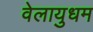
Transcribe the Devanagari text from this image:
वेलायुधम